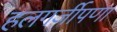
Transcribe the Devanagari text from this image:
हलगर्जीपणा